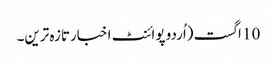
10 اگست (اُردو پوائنٹ اخبارتازہ ترین۔